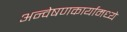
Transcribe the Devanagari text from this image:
अन्वेषणकार्यामध्ये